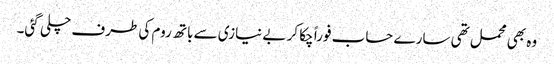
وہ بھی محمل تھی سارے حساب فوراً چکا کر بے نیازی سے باتھ روم کی طرف چلی گئی۔